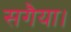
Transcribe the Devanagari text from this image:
सगैया।